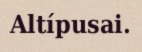
Altípusai.